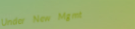
Under New Mgmt